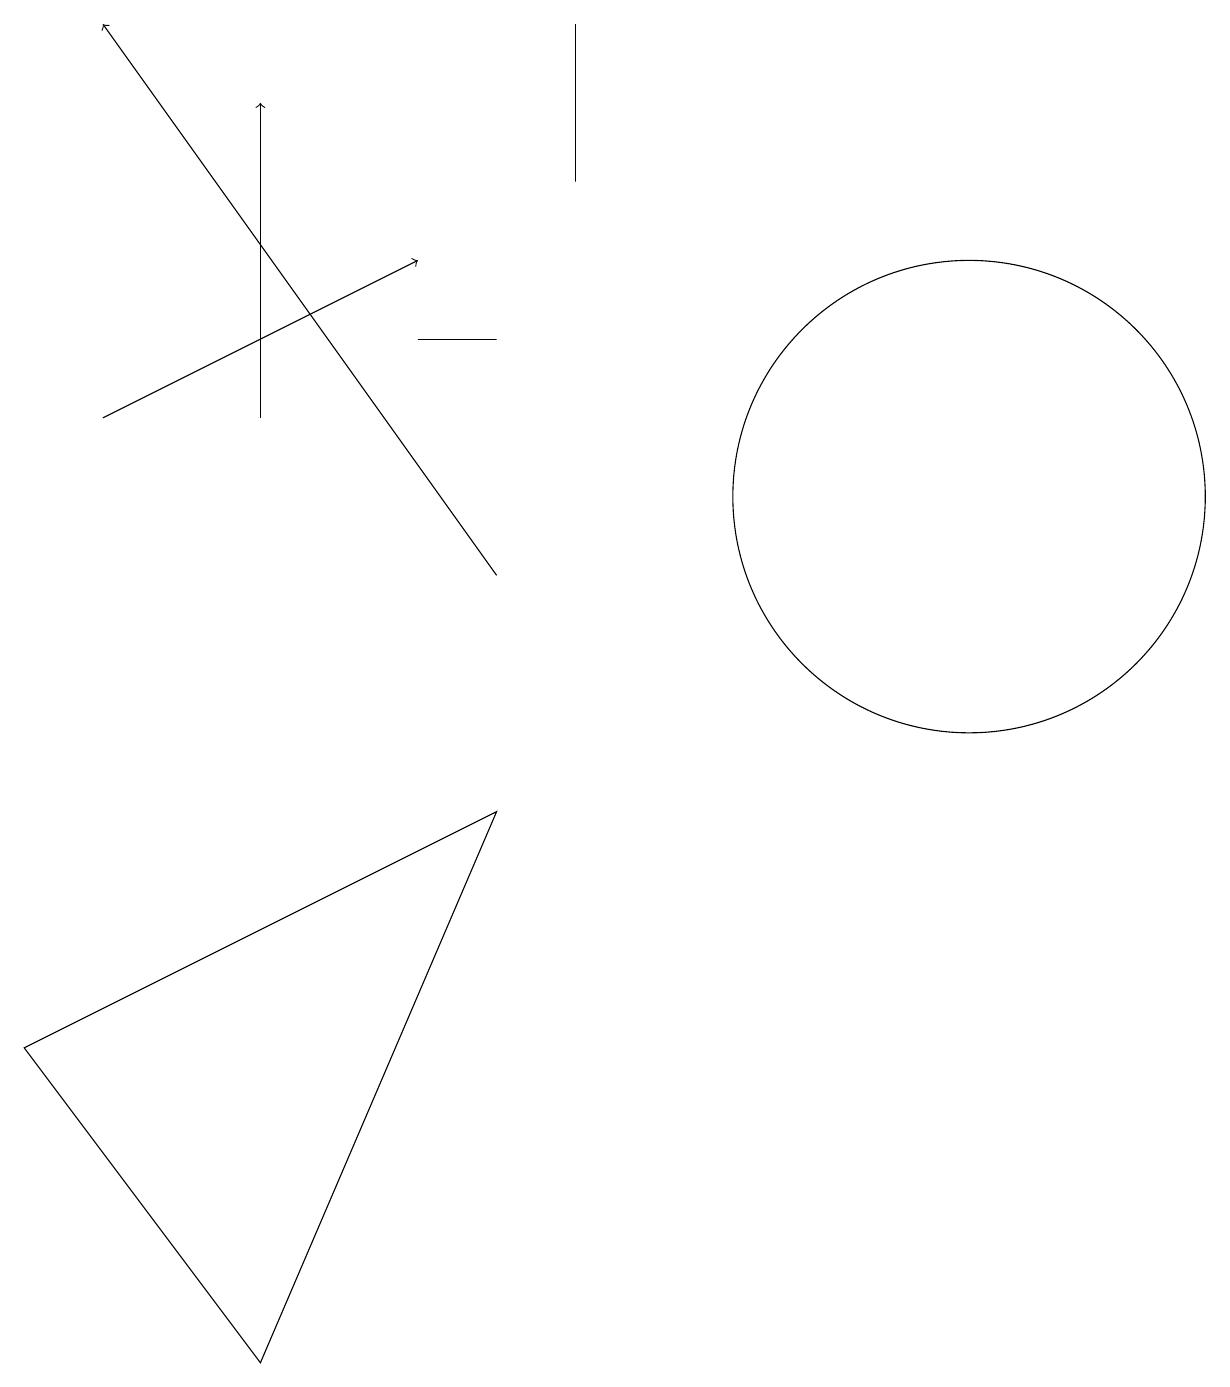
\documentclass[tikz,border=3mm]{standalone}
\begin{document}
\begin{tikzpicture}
\draw (12,11) circle (3);
\draw[->] (6,10) -- (1,17);
\draw (0,4) -- (6,7) -- (3,0) -- cycle;
\draw[->] (3,12) -- (3,16);
\draw[->] (1,12) -- (5,14);
\draw (7,17) rectangle (7,15);
\draw (6,13) rectangle (5,13);
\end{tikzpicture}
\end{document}